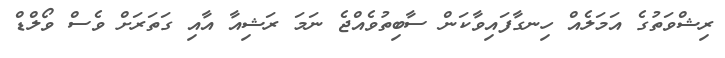
ރިޝްވަތުގެ އަމަލެއް ހިނގާފައިވާކަން ސާބިތުވެއްޖެ ނަމަ ރަޝިއާ އާއި ގަތަރަށް ވެސް ވޯލްޑް